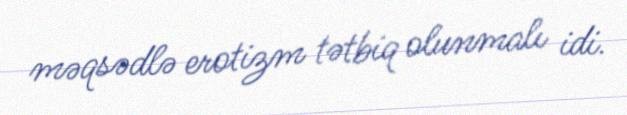
məqsədlə erotizm tətbiq olunmalı idi.